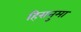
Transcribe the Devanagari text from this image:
हिरानुमा